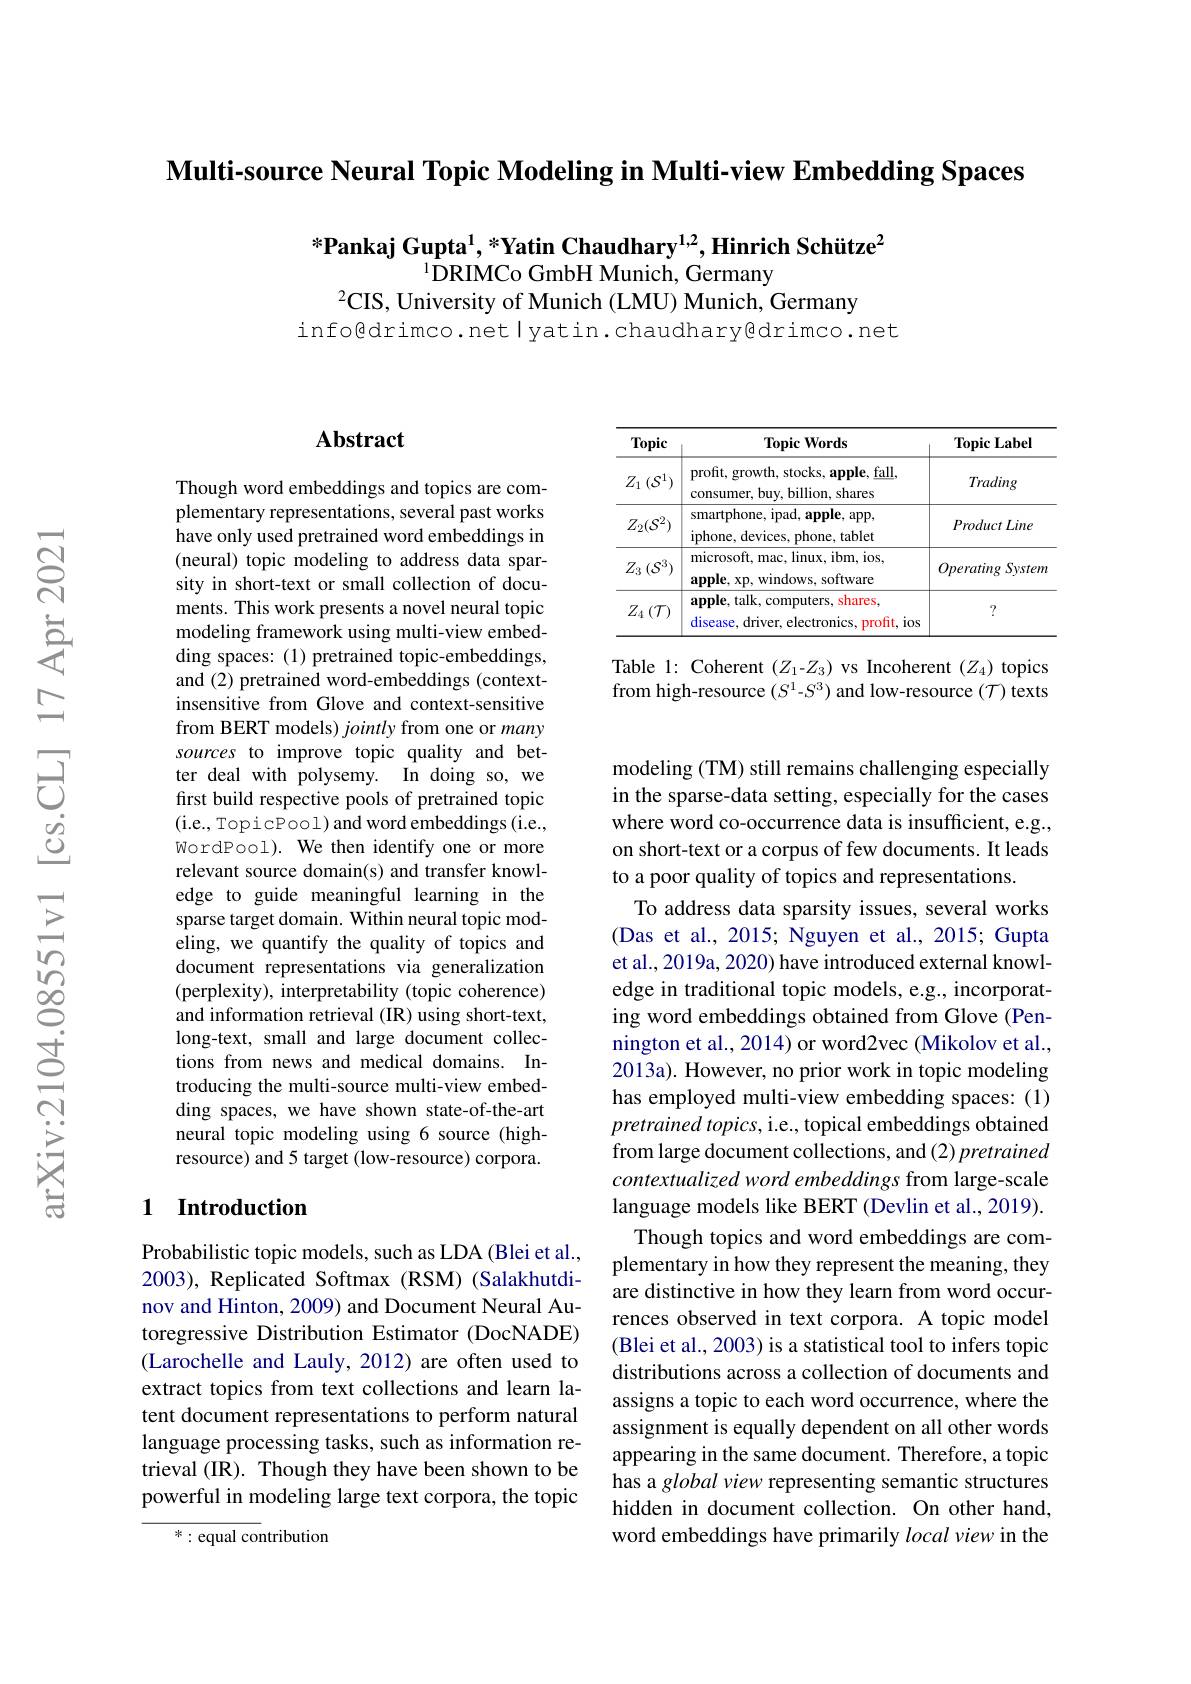
$\textbf{Multi- source Neural Topic Modeling in Multi- view Embedding Spaces}$

$^{*}$Pankaj Gupta$^1,*\text{Yatin Chaudhary}^{1,2},\textbf{Hinrich Sch\"{u}tze}^2$
$^{1}$DRIMCo GmbH Munich, Germany
$^2$CIS, University of Munich (LMU) Munich, Germany

info@drimco. net lyatin.chaudhary@drimco. net

### $\mathbf{Abstract}$

Though word embeddings and topics are complementary representations, several past works have only used pretrained word embeddings in (neural) topic modeling to address data sparsity in short-text or small collection of documents. This work presents a novel neural topic modeling framework using multi-view embedding spaces: (1) pretrained topic-embeddings, and (2) pretrained word-embeddings (contextinsensitive from Glove and context-sensitive from BERT models) jointly from one or many sources to improve topic quality and better deal with polysemy. In doing so, we first build respective pools of pretrained topic (i.e., TopicPool) and word embeddings(i.e., WordPool). We then identify one or more relevant source domain(s) and transfer knowledge to guide meaningful learning in the sparse target domain. Within neural topic modeling, we quantify the quality of topics and document representations via generalization (perplexity), interpretability (topic coherence) and information retrieval (IR) using short-text, long-text, small and large document collections from news and medical domains. Introducing the multi-source multi-view embedding spaces, we have shown state-of-the-art neural topic modeling using 6 source (highresource) and 5 target (low-resource) corpora.

## 1 Introduction

Probabilistic topic models, such as LDA (Blei et al., 2003), Replicated Softmax (RSM) (Salakhutdinov and Hinton, 2009) and Document Neural Autoregressive Distribution Estimator (DocNADE) (Larochelle and Lauly, 2012) are often used to extract topics from text collections and learn latent document representations to perform natural language processing tasks, such as information retrieval (IR). Though they have been shown to be powerful in modeling large text corpora, the topic

$*:{\mathrm{equal~contribution}}$

<table>
	<tbody>
		<tr>
			<th>Topic</th>
			<th>${\mathbf{TopicWords}}$</th>
			<th>$\mathbf{TopicLabel}$</th>
		</tr>
		<tr>
			<td>$Z_{1}\left(\mathcal{S}^{1}\right)$</td>
			<td>profit, growth, stocks, apple, fall consumer, buy, billion, shares</td>
			<td>Trading</td>
		</tr>
		<tr>
			<td>$Z_{2}(\mathcal{S}^{2})$</td>
			<td>smartphone, ipad, apple, app, iphone, devices, phone, tablet</td>
			<td>ProductLine</td>
		</tr>
		<tr>
			<td>$Z_{3}\left(\mathcal{S}^{3}\right)$</td>
			<td>microsoft, mac, linux, ibm, ios, $\mathbf{apple,xp,windows,software}$</td>
			<td>OperatingSystem</td>
		</tr>
		<tr>
			<td>$Z_4\left(\mathcal{T}\right)$</td>
			<td>$\mathbf{apple,talk,computers}$, S shares disease, driver, electronics, profit, ios</td>
			<td>7</td>
		</tr>
	</tbody>
</table>

Table 1: Coherent $(Z_1$-$Z_3)$ vs Incoherent $(Z_4)$ topics from high-resource $(S^1$-$S^3)$ and low-resource $(\mathcal{T})$ texts

modeling (TM) still remains challenging especially in the sparse-data setting, especially for the cases where word co-occurrence data is insufficient, e.g., on short-text or a corpus of few documents. It leads to a poor quality of topics and representations.
To address data sparsity issues, several works (Das et al., 2015; Nguyen et al., 2015; Gupta et al., 2019a, 2020) have introduced external knowledge in traditional topic models, e.g., incorporating word embeddings obtained from Glove (Pennington et al., 2014) or word2vec (Mikolov et al., 2013a). However, no prior work in topic modeling has employed multi-view embedding spaces: (1) pretrained topics, i.e., topical embeddings obtained from large document collections, and (2) pretrained contextualized word embeddings from large-scale language models like BERT (Devlin et al., 2019).
Though topics and word embeddings are complementary in how they represent the meaning, they are distinctive in how they learn from word occurrences observed in text corpora. A topic model (Blei et al., 2003) is a statistical tool to infers topic distributions across a collection of documents and assigns a topic to each word occurrence, where the assignment is equally dependent on all other words appearing in the same document. Therefore, a topic has a global view representing semantic structures hidden in document collection. On other hand, word embeddings have primarily local view in the